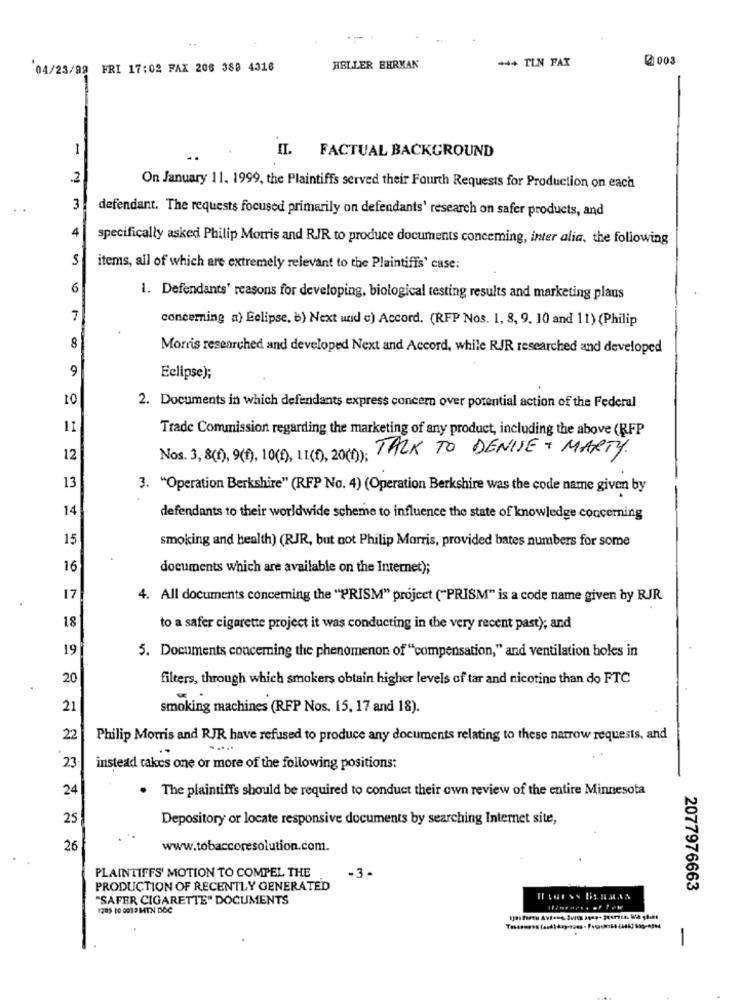
+++ TLN FAX
@ 003
04/23/99 FRI 17:02 FAX 208 388 4316
HELLER EHRMAN
1
II. FACTUAL BACKGROUND
.2
On January 11, 1999, the Plaintiffs served their Fourth Requests for Production on each
3
defendant. The requests focused primarily on defendants' research on safer products, and
4
specifically asked Philip Morris and RJR to produce documents conceming, inter alia, the following
S
items, all of which are extremely relevant to the Plaintiffs' case:
6
1. Defendants' reasons for developing, biological testing results and marketing plaus
7
concerning a) Eclipse, b) Next und c) Accord. (RFP Nos. 1, 8, 9, 10 and 11) (Philip
8
Morris researched and developed Next and Accord, while RIR researched and developed
9
Eclipse);
10
2. Documents in which defendants express concern over potential action of the Federal
11
Trade Commission regarding the marketing of any product, including the above (RFP
Nos. 3, 8(f), 9(f), 10(0), LI(1), 20(); TALK TO DENISE + MARTY.
12
13
3. "Operation Berkshire" (RFP No. 4) (Operation Berkshire was the code name given by
14
defendants to their worldwide scheme to influence the state of knowledge concerning
15
smoking and health) (RJR, but not Philip Morris, provided bates numbers for some
16
documents which are available on the Internet);
17
4. All documents concerning the "PRISM" project ("PRISM" is a code name given by RJR
18
to a safer cigarette project it was conducting in the very recent past); and
19
5. Documents concerning the phenomenon of "compensation," and ventilation holes in
20
filters, through which smokers obtain higher levels of tar and nicotine than do FTC
.
21
smoking machines (RFP Nos. 15, 17 and 18).
22
Philip Morris and RJR have refused to produce any documents relating to these narrow requests, and
23
instead takes one or more of the following positions:
24
The plaintiff's should be required to conduct their own review of the entire Minnesota
25
Depository or locate responsive documents by searching Internet site,
26
www.tobaccoresolution.com.
PLAINTIFFS' MOTION TO COMPEL THE
-3-
PRODUCTION OF RECENTLY GENERATED
2077976663
"SAFER CIGARETTE" DOCUMENTS
-